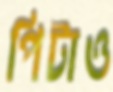
পিটাও